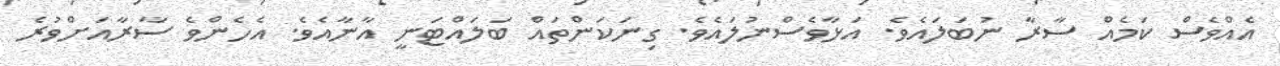
އެއްވެސް ކަމެއް ސާރާ ނުބަލައެވެ. އަޅާވެސްނުލައެވެ. ގިނަކަންތައް ބަލައްޓަނީ އާނާއެވެ. އެހެންވެ ސާރާއަށްވުރެ